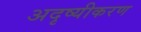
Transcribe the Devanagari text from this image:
अदृष्यीकरण